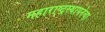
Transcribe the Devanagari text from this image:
महाराष्ट्रस्थापनेचा